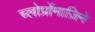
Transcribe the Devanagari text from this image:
च्लोर्प्रोमाज़िने